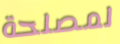
لمصلحة